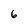
Character: 6